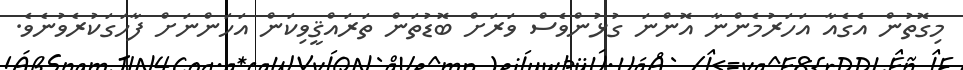
މިގޮތުން އެގެއާ އަހަރުމެންނާ އޮންނަ ގުޅުންވެސް ވަރަށް ބޮޑުތަން ތަރައްޤީވިކަން އަހަންނަށް ފާހަގަކުރެވުނެވެ.